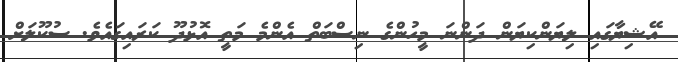
އޭޝިޔާގައި ލިޔަންކިޔަން ދަންނަ މީހުންގެ ނިސްބަތް އެންމެ މަތީ އޮޅުދޫ ކަރައިގައެވެ. ސުކޫލަށް